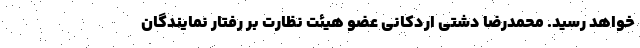
خواهد رسید. محمدرضا دشتی اردکانی عضو هیئت نظارت بر رفتار نمایندگان